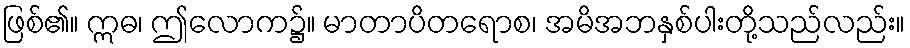
ဖြစ်၏။ ဣဓ၊ ဤလောက၌။ မာတာပိတရောစ၊ အမိအဘနှစ်ပါးတို့သည်လည်း။